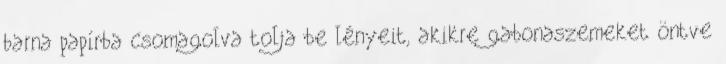
barna papírba csomagolva tolja be lényeit, akikre gabonaszemeket öntve